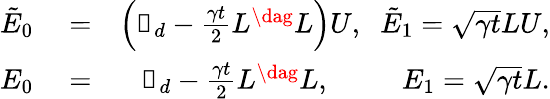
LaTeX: \begin{array}{rlr}{\tilde{E}_{0}}&{{}=}&{\left(\mathbb{1}_{d}-\frac{\gamma t}{2}L^{\dag}L\right)U,\; \; \tilde{E}_{1}=\sqrt{\gamma t}LU,}\\ {E_{0}}&{{}=}&{\mathbb{1}_{d}-\frac{\gamma t}{2}L^{\dag}L,\; \; \; \; \; \; \; \; \; E_{1}=\sqrt{\gamma t}L.}\end{array}